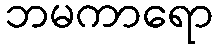
ဘမကာရော